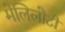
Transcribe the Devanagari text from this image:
मेलिलोटी